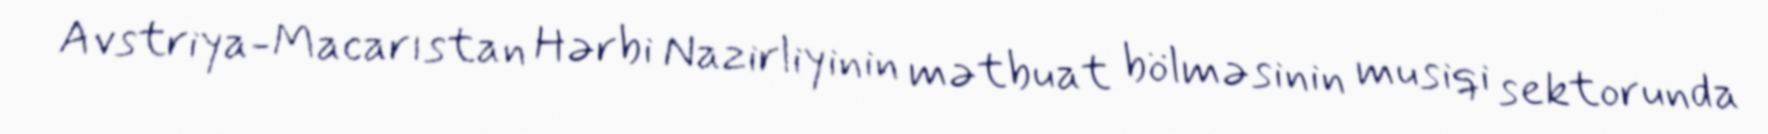
Avstriya-Macarıstan Hərbi Nazirliyinin mətbuat bölməsinin musiqi sektorunda